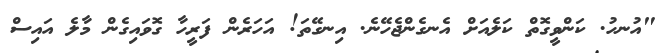
"އުނހު. ކަންވީގޮތް ކަލެއަށް އެނގެންޖެހޭނެ. އިނގޭތަ! އަހަރެން ފަރީހާ ގޮވައިގެން މާލެ އައިސް